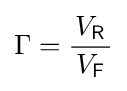
\Gamma ={\frac {V_{\mathsf {R}}}{\,V_{\mathsf {F}}\,}}